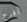
أفرج